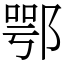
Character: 鄂